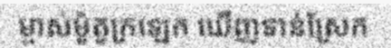
ម្ចាស់ម៉ូតូក្រឡេក ឃើញទាន់ស្រែក